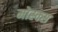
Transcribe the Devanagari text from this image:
मोस्क्स